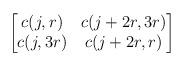
LaTeX: \begin{align*}\begin{bmatrix}c(j,r)&c(j+2r,3r)\\c(j,3r)&c(j+2r,r)\end{bmatrix}\end{align*}